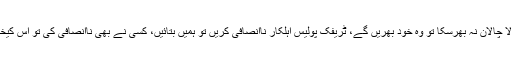
اگر کوئی رکشے والا چالان نہ بھرسکا تو وہ خود بھریں گے، ٹریفک پولیس اہلکار ناانصافی کریں تو ہمیں بتائیں، کسی نے بھی ناانصافی کی تو اس کیخلاف ایکشن لیں گے۔